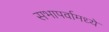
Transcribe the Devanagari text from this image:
सभापर्वामध्ये